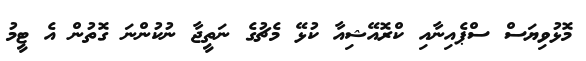
މޮޅުވިޔަސް ސްޕެއިނާއި ކްރޮއޭޝިއާ ކުޅޭ މެޗުގެ ނަތީޖާ ނުކުންނަ ގޮތުން އެ ޓީމު